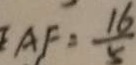
A F = \frac { 1 6 } { 5 }